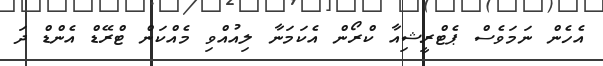
އެހެން ނަމަވެސް ޕެޓްރީޝިއާ ކްރޯން އެކަމަނާ ލިއުއްވި މެއްކަން ޓްރޭޑް އެންޑް ދަ